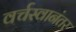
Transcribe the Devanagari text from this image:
वर्चस्वानंतर